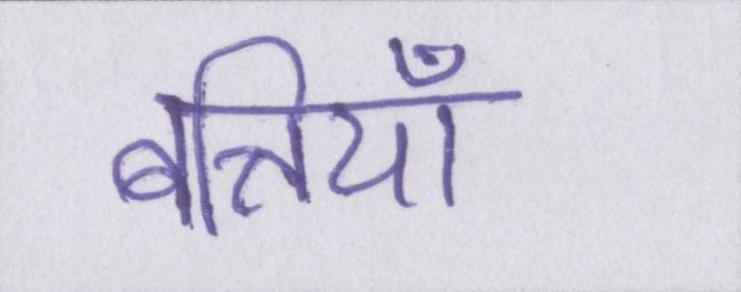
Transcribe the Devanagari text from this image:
बत्तियाँ